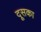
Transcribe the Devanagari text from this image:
दूसका